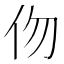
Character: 伆